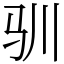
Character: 驯